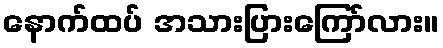
နောက်ထပ် အသားပြားကြော်လား။